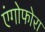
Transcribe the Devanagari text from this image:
एंगोफोरा